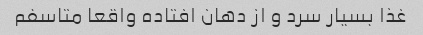
غذا بسیار سرد و از دهان افتاده واقعا متاسفم